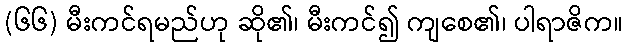
(၆၆) မီးကင်ရမည်ဟု ဆို၏၊ မီးကင်၍ ကျစေ၏၊ ပါရာဇိက။